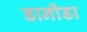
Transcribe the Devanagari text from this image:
डानीडा